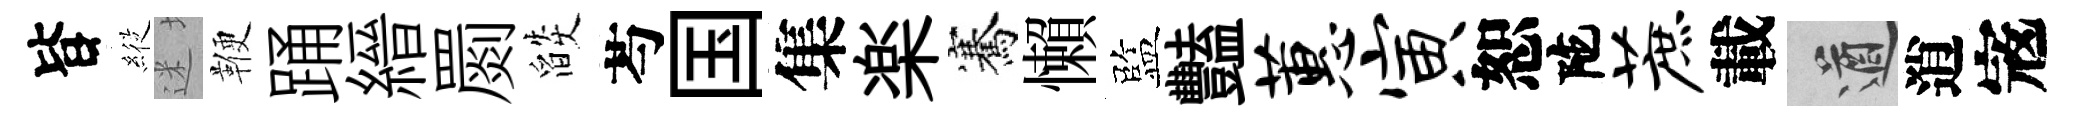
𣅜𦂵迷鞭踊縉罽燄芍国集楽騫懶監豔蕙寅恕陀蔗載遒逍𡨥